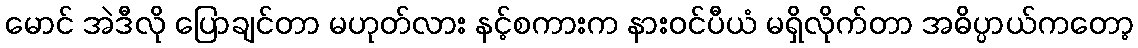
မောင် အဲဒီလို ပြောချင်တာ မဟုတ်လား နင့်စကားက နားဝင်ပီယံ မရှိလိုက်တာ အဓိပ္ပာယ်ကတော့